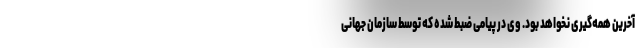
آخرین همه‌گیری نخواهد بود. وی در پیامی ضبط شده که توسط سازمان جهانی